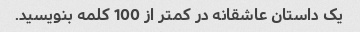
یک داستان عاشقانه در کمتر از 100 کلمه بنویسید.